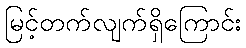
မြင့်တက်လျက်ရှိကြောင်း